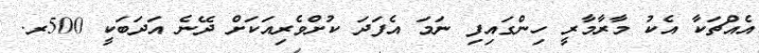
އެއްޗަކާ އެކު މާރާމާރީ ހިންގައިފި ނަމަ އެފަދަ ކުށްވެރިއަކަށް ދޭނެ އަދަބަކީ 500ރ.